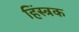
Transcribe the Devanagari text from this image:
हिंस्त्रक